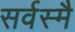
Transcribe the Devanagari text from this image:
सर्वस्मै